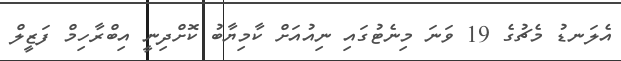
އެލަނޑު މެޗުގެ 19 ވަނަ މިނެޓުގައި ނިއުއަށް ކާމިޔާބު ކޮށްދިނީ އިބްރާހިމް ފަޒީލް